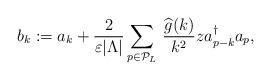
LaTeX: \begin{align*}b_k := a_k + \frac{2}{\varepsilon \vert\Lambda\vert} \sum_{p \in \mathcal{P}_L} \, \frac{\widehat{g}(k)}{k^2} z a_{p-k}^{\dagger} a_p,\end{align*}